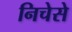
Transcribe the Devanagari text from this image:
निचेसे